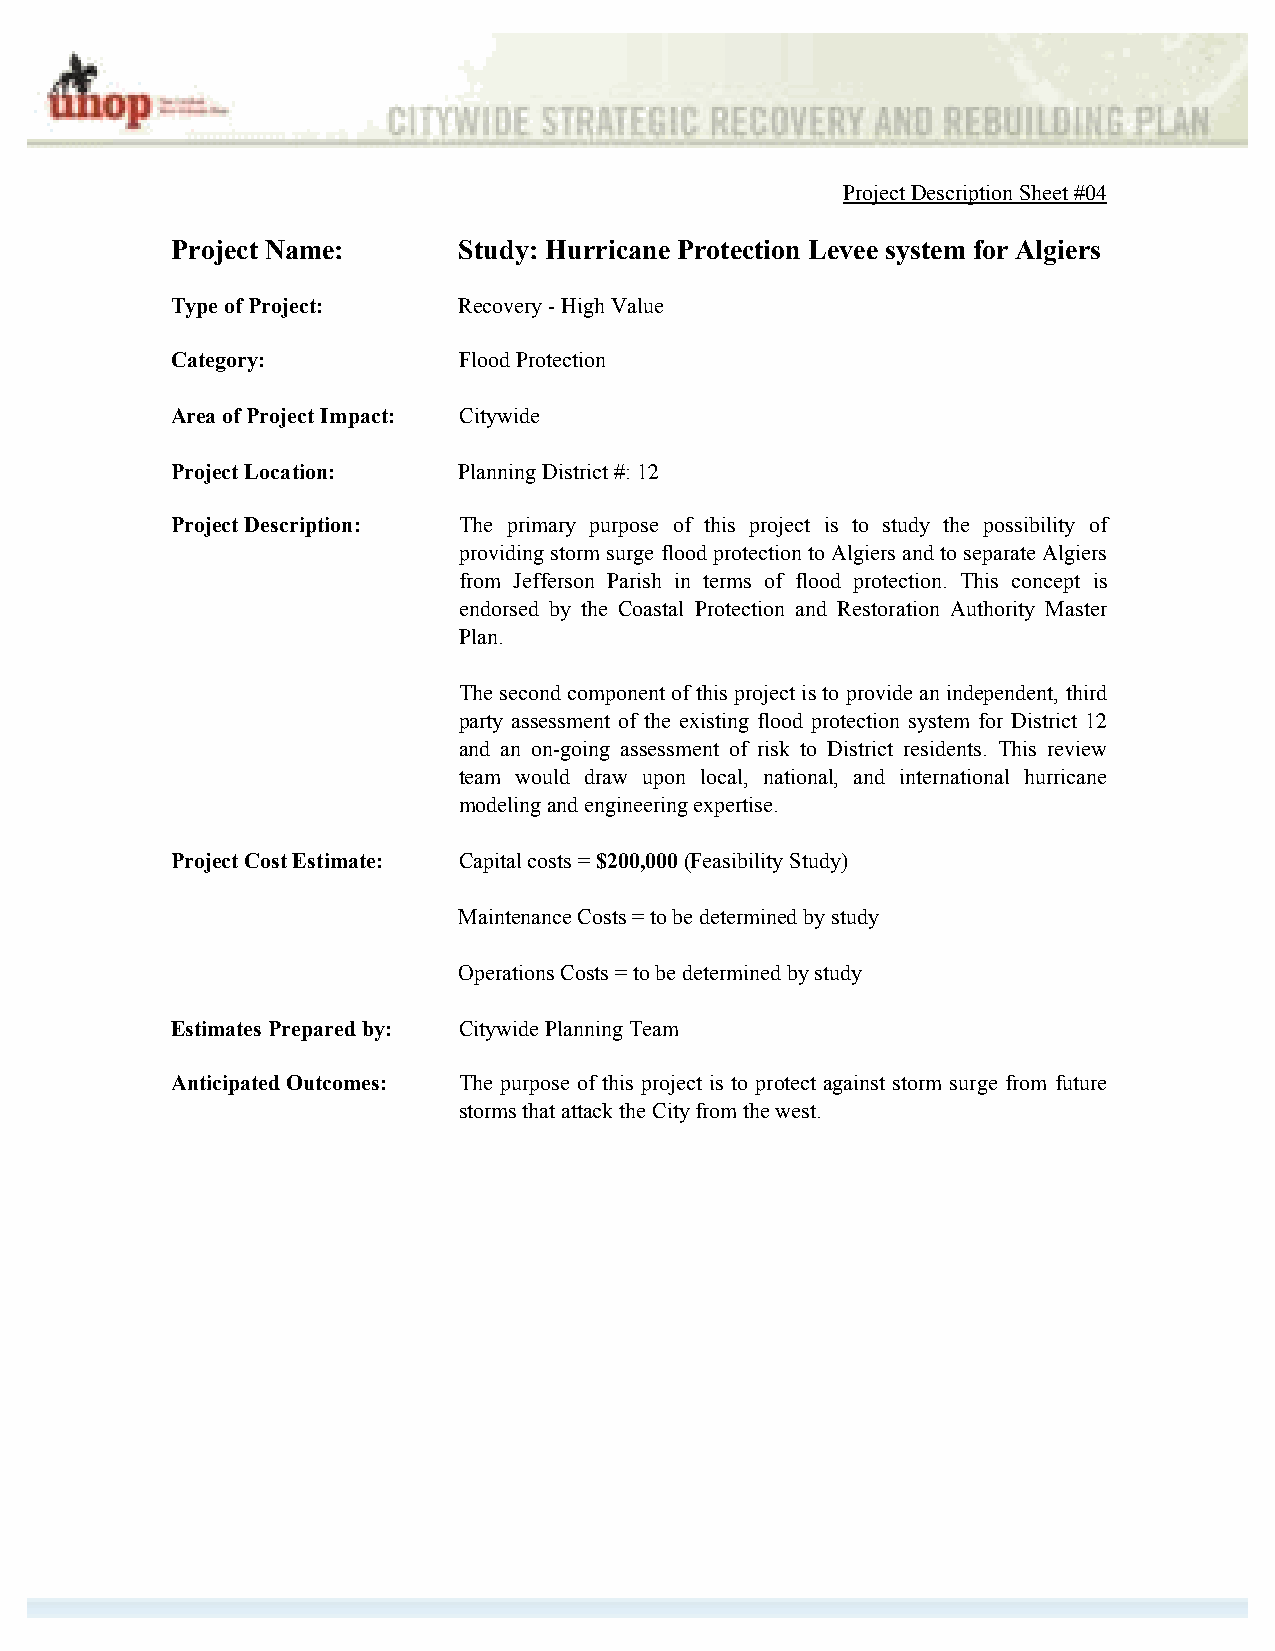
Project Description Sheet #04
 Project Name:      Study: Hurricane Protection Levee system for Algiers
 Type of Project:   Recovery - High Value
 Category:          Flood Protection
 Area of Project Impact: Citywide
 Project Location:  Planning District #: 12
 Project Description: The primary purpose of this project is to study the possibility of
 providing storm surge flood protection to Algiers and to separate Algiers
 from Jefferson Parish in terms of flood protection. This concept is
 endorsed by the Coastal Protection and Restoration Authority Master
 Plan.
 The second component of this project is to provide an independent, third
 party assessment of the existing flood protection system for District 12
 and an on-going assessment of risk to District residents. This review
 team would draw upon local, national, and international hurricane
 modeling and engineering expertise.
 Project Cost Estimate: Capital costs = $200,000 (Feasibility Study)
 Maintenance Costs = to be determined by study
 Operations Costs = to be determined by study
 Estimates Prepared by: Citywide Planning Team
 Anticipated Outcomes: The purpose of this project is to protect against storm surge from future
 storms that attack the City from the west.